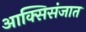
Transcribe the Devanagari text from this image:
आक्सिसंजात